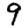
Digit: 9